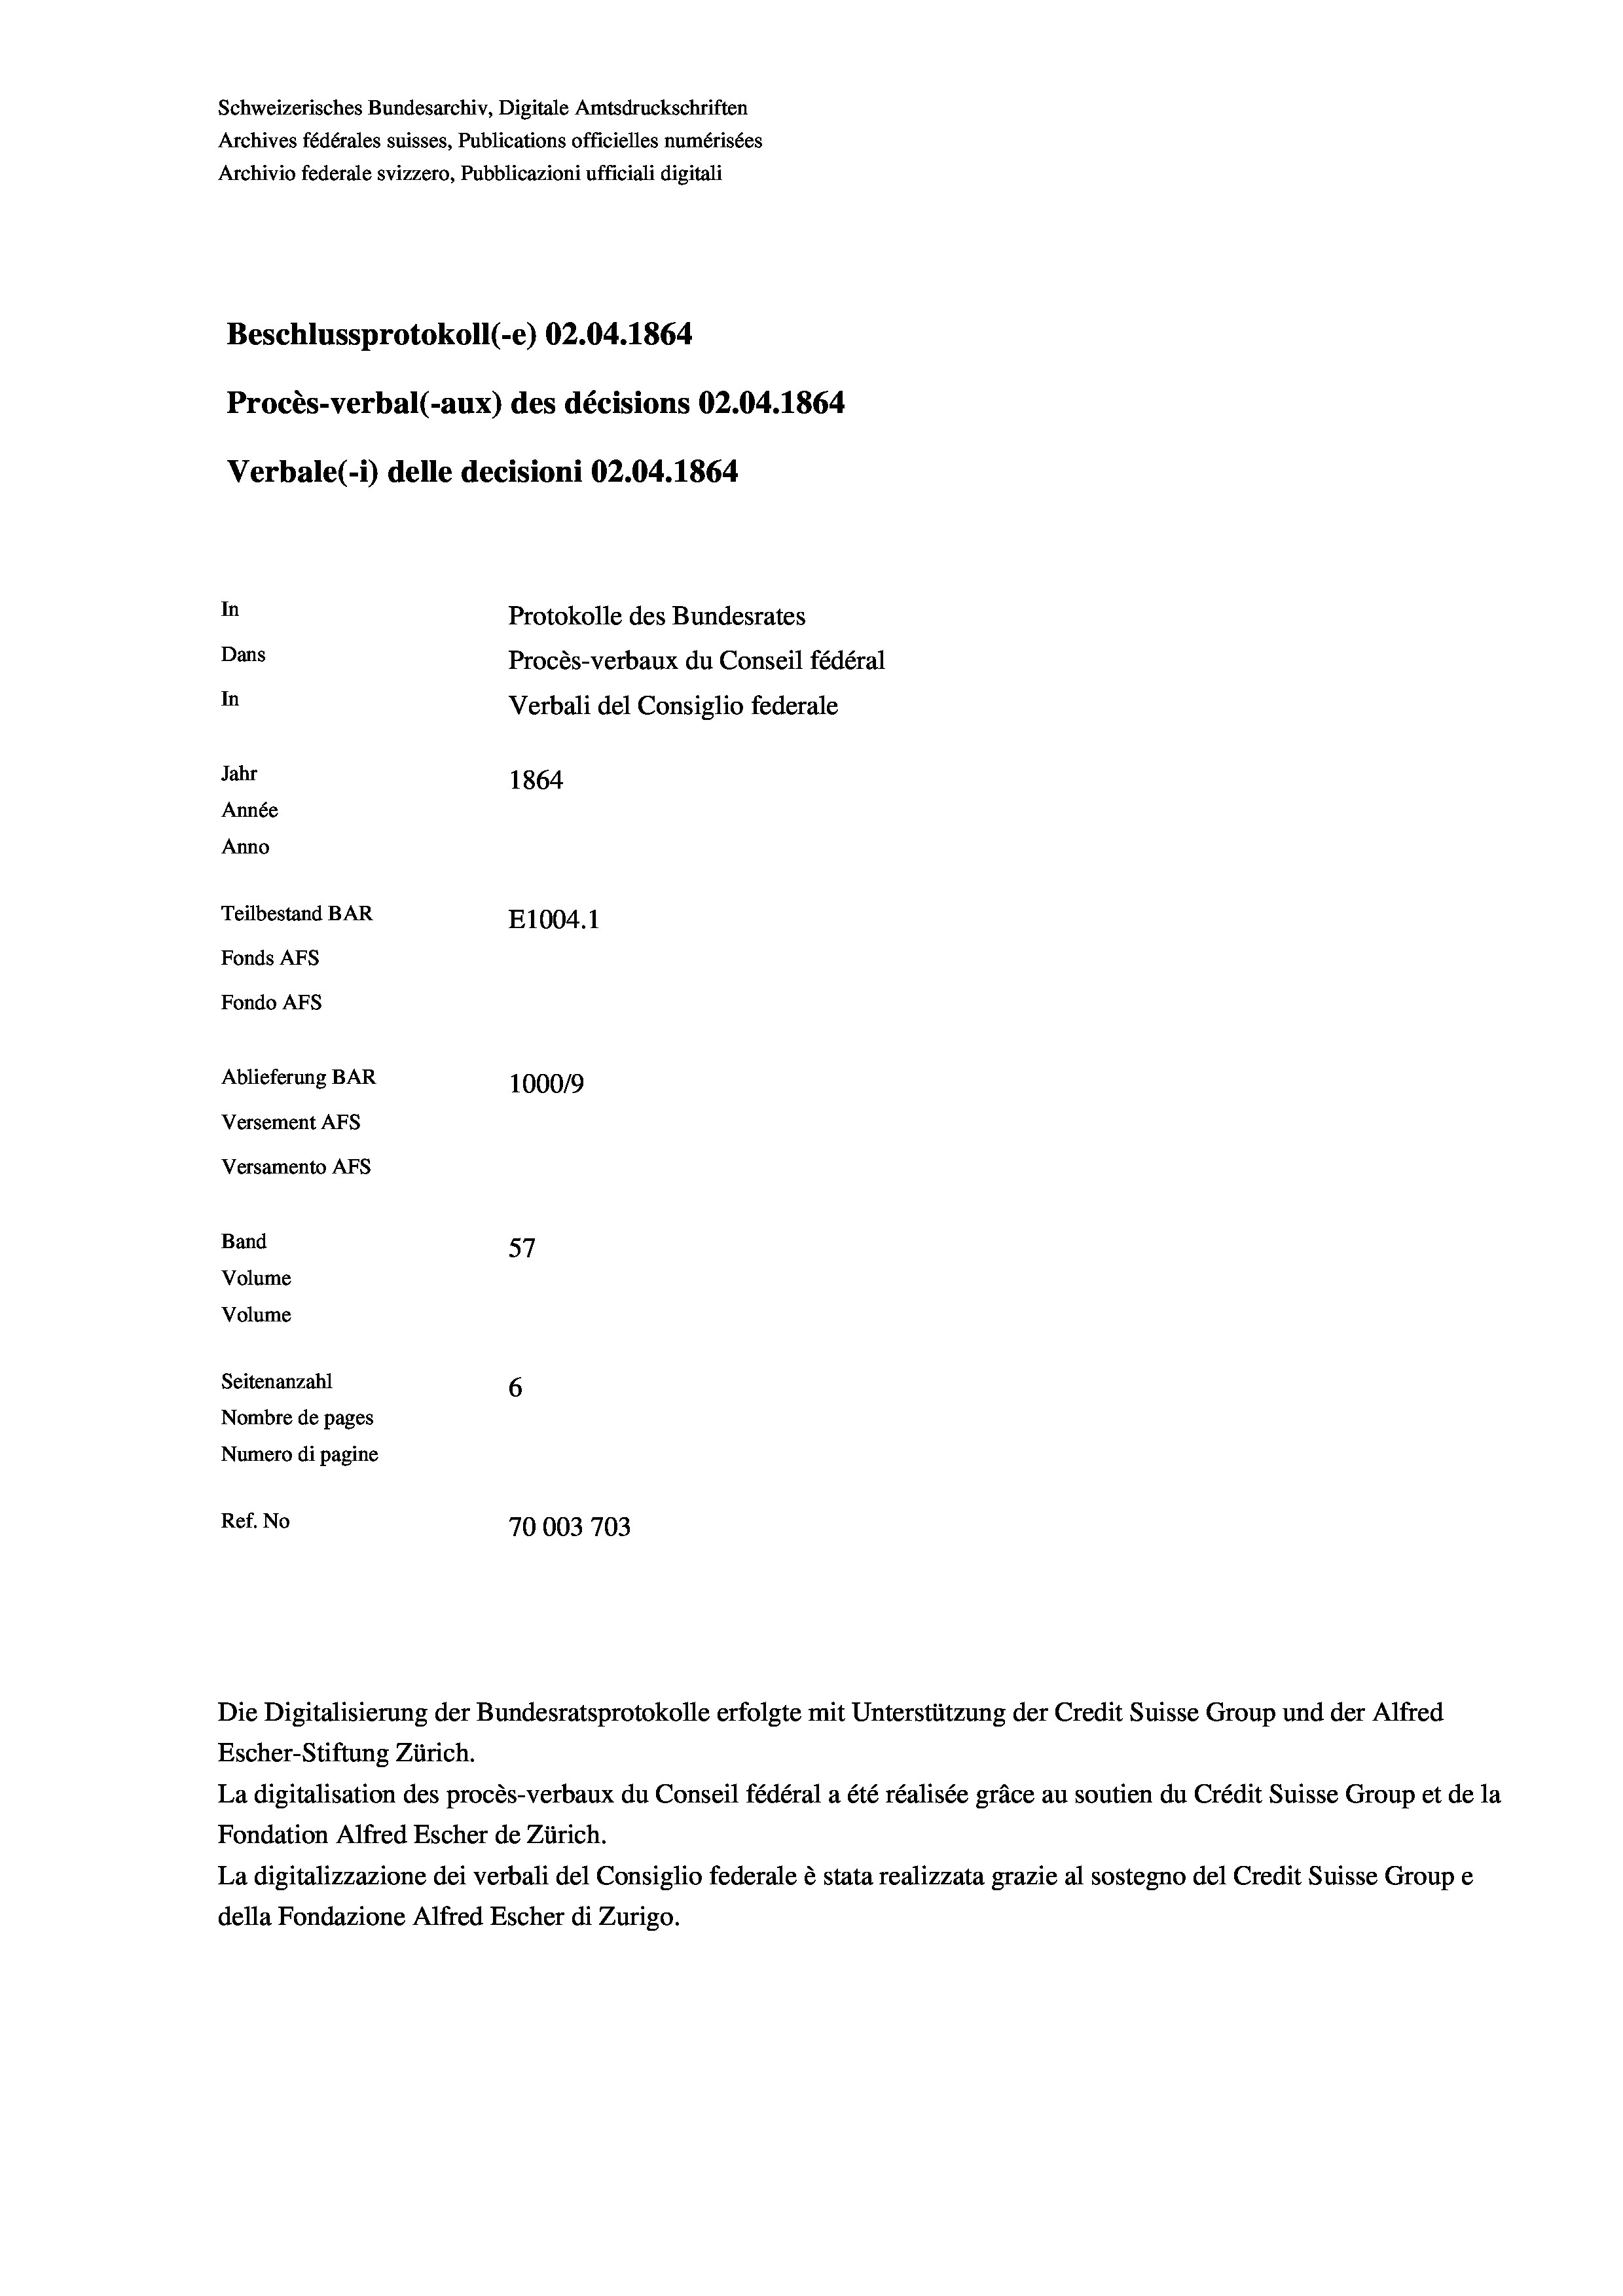
Schweizerisches Bundesarchiv, Digitale Amtsdruckschriften
Archives fédérales suisses, Publications officielles numérisées
Archivio federale svizzero, Pubblicazioni ufficiali digitali
Beschlussprotokoll (-e) 02.04. 1864
Procès-verbal (-aux) des décisions 02.04. 1864
Verbale (i) delle decisioni 02.04. 1864
In
Protokolle des Bundesrates
Dans
Procès-verbaux du Conseil fédéral
In
Verbali del Consiglio federale
Jahr
1864
Année
Anno
Teilbestand BAR
E1004. 1
Fonds Afs
Fondo AFs
Ablieferung BAR
100019
Versement Abs
Versamento Afs
Band
57
Volume
Volume

Seitenanzahl
6
Nombre de pages
Numero di pagine
Ref. No
70003703

Escher-Stiftung Zürich.
La digitalisation des procès-verbaux du Conseil fédéral a été réalisée gräce au soutien du Crédit Suisse Group et de la
Fondation Alfred Escher de Zürich.
La digitalizzazione dei verbali del Consiglio federale è stata realizzata grazie al sostegno del Credit Suisse Groupe
della Fondazione Alfred Escher di Zurigo.

Die Digitalisierung der Bundesratsprotokolle erfolgte mit Unterstützung der Credit Suisse Group und der Alfred